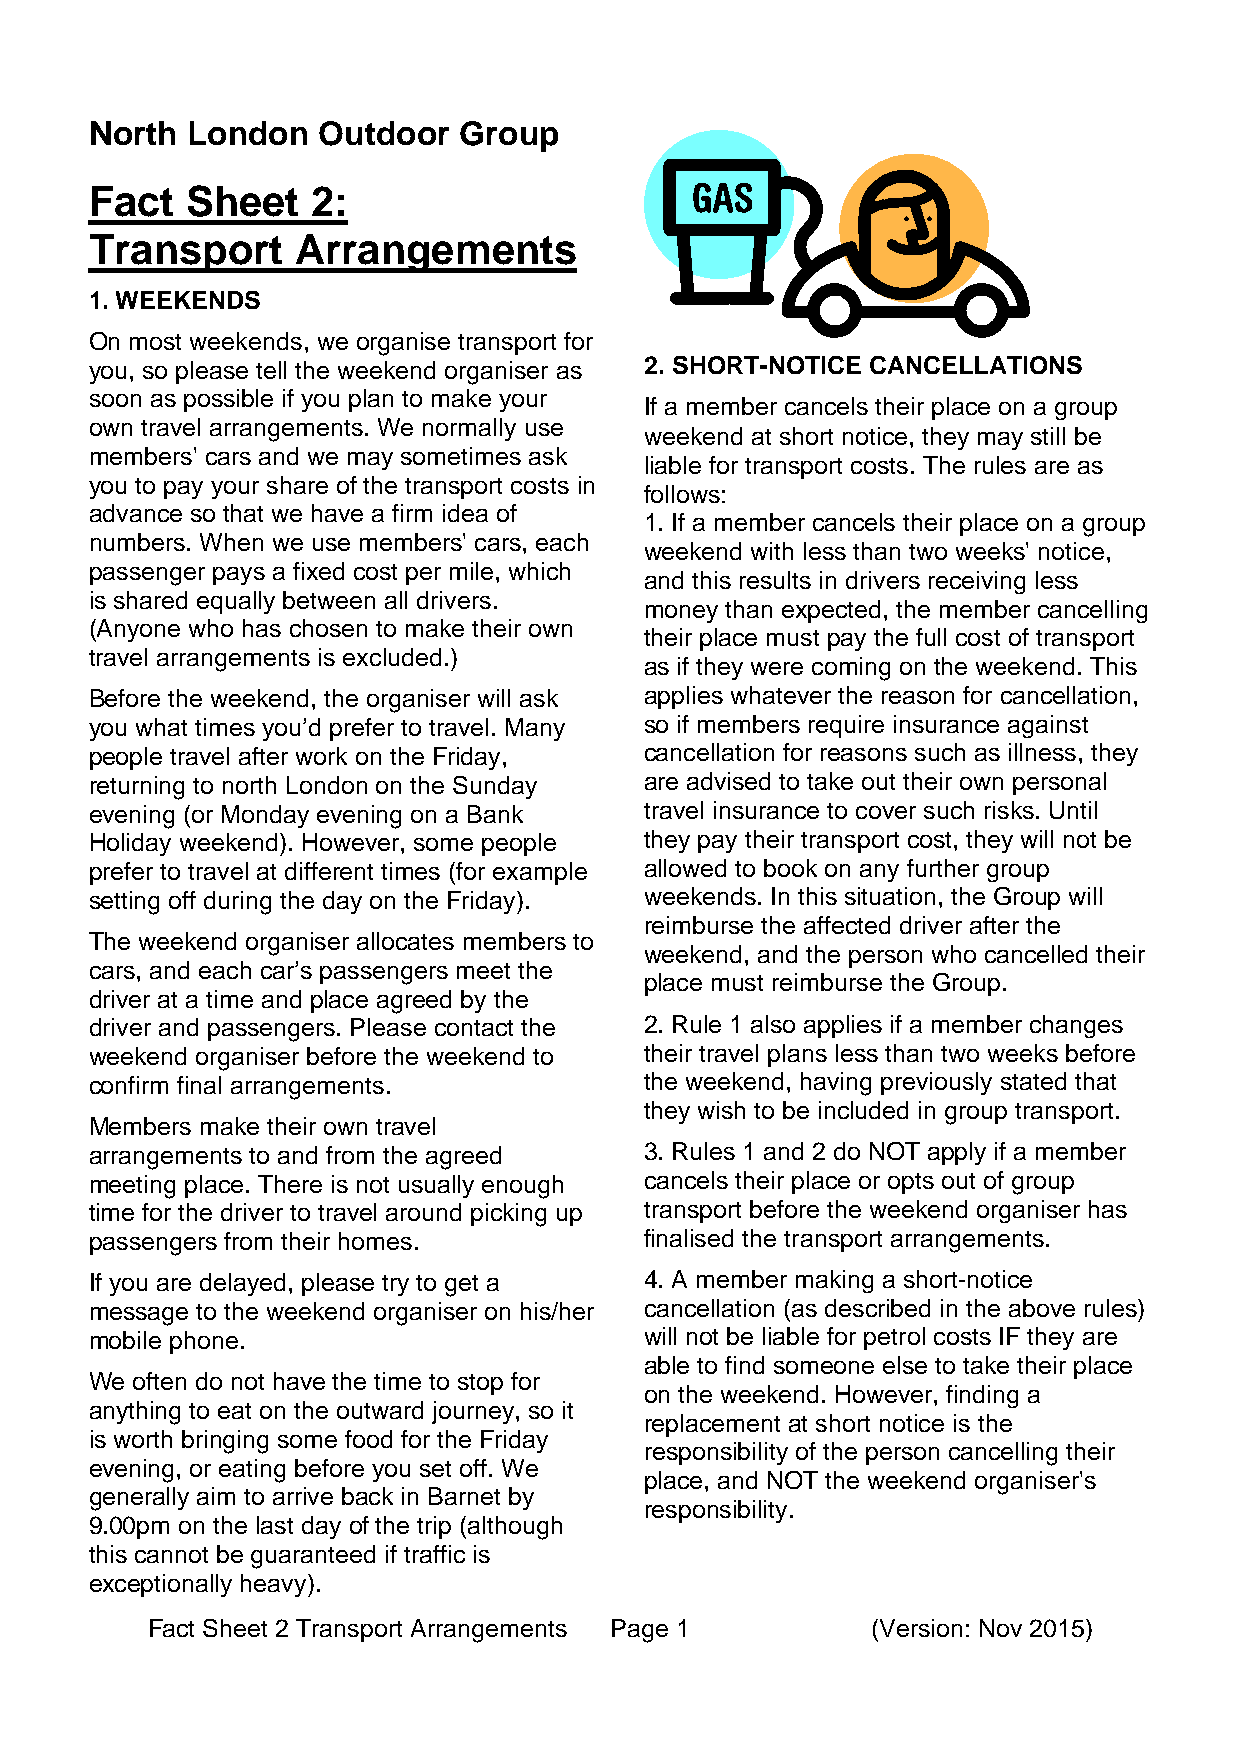
North London   Outdoor  Group
 Fact  Sheet    2:
 Transport     Arrangements
 1. WEEKENDS
 On most weekends, we organise transport for
 you, so please tell the weekend organiser as 2. SHORT-NOTICE CANCELLATIONS
 soon as possible if you plan to make your
 If a member cancels their place on a group
 own travel arrangements. We normally use
 weekend at short notice, they may still be
 members' cars and we may sometimes ask
 liable for transport costs. The rules are as
 you to pay your share of the transport costs in
 follows:
 advance so that we have a firm idea of
 1. If a member cancels their place on a group
 numbers. When we use members' cars, each
 weekend with less than two weeks' notice,
 passenger pays a fixed cost per mile, which
 and this results in drivers receiving less
 is shared equally between all drivers.
 money than expected, the member cancelling
 (Anyone who has chosen to make their own
 their place must pay the full cost of transport
 travel arrangements is excluded.)
 as if they were coming on the weekend. This
 Before the weekend, the organiser will ask applies whatever the reason for cancellation,
 you what times you’d prefer to travel. Many so if members require insurance against
 people travel after work on the Friday, cancellation for reasons such as illness, they
 returning to north London on the Sunday are advised to take out their own personal
 evening (or Monday evening on a Bank travel insurance to cover such risks. Until
 Holiday weekend). However, some people they pay their transport cost, they will not be
 prefer to travel at different times (for example allowed to book on any further group
 setting off during the day on the Friday). weekends. In this situation, the Group will
 reimburse the affected driver after the
 The weekend organiser allocates members to
 weekend, and the person who cancelled their
 cars, and each car’s passengers meet the
 place must reimburse the Group.
 driver at a time and place agreed by the
 driver and passengers. Please contact the 2. Rule 1 also applies if a member changes
 weekend organiser before the weekend to their travel plans less than two weeks before
 confirm final arrangements.          the weekend, having previously stated that
 they wish to be included in group transport.
 Members make their own travel
 arrangements to and from the agreed  3. Rules 1 and 2 do NOT apply if a member
 meeting place. There is not usually enough cancels their place or opts out of group
 time for the driver to travel around picking up transport before the weekend organiser has
 passengers from their homes.         finalised the transport arrangements.
 If you are delayed, please try to get a 4. A member making a short-notice
 message to the weekend organiser on his/her cancellation (as described in the above rules)
 mobile phone.                        will not be liable for petrol costs IF they are
 able to find someone else to take their place
 We often do not have the time to stop for
 on the weekend. However, finding a
 anything to eat on the outward journey, so it
 replacement at short notice is the
 is worth bringing some food for the Friday
 responsibility of the person cancelling their
 evening, or eating before you set off. We
 place, and NOT the weekend organiser's
 generally aim to arrive back in Barnet by
 responsibility.
 9.00pm on the last day of the trip (although
 this cannot be guaranteed if traffic is
 exceptionally heavy).
 Fact Sheet 2 Transport Arrangements Page 1      (Version: Nov 2015)